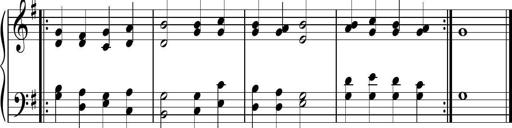
Title: Sonatina para Piano, PVM 44
Composer: Vazel Merenzeine
Key: G major